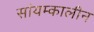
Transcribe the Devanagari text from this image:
सांयम्कालीन